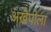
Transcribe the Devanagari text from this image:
अखैपोला